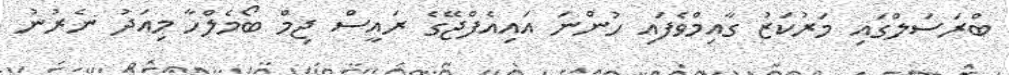
ބްރަސަލްގައި މަރުކަޒު ގާއިމްވެފައި ހުންނަ އައިއެފްޖޭގެ ރައީސް ޖިމް ބޯމެލްހާ މިއަދު ނެރުނު